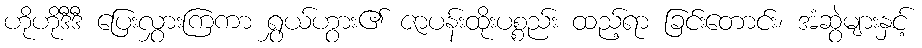
ဟိုဟိုဒီဒီ ပြေးလွှားကြကာ ရွှယ်ဟွား၏ ဇာပန်းထိုးပစ္စည်း ထည့်ရာ ခြင်းတောင်း၊ အံဆွဲများနှင့်